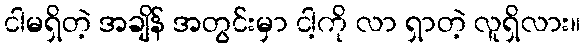
ငါမရှိတဲ့ အချိန် အတွင်းမှာ ငါ့ကို လာ ရှာတဲ့ လူရှိလား။